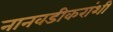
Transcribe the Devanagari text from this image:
नानवडीकरांशी